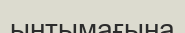
ынтымағына